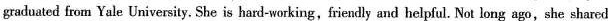
graduated from Yale University. She is hard-working,friendly and helpful. Not long ago,she shared